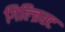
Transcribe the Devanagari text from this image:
गिल्च्रिस्ट